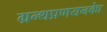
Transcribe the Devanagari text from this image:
ग्रन्थप्रणयनकाे